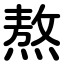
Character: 熬